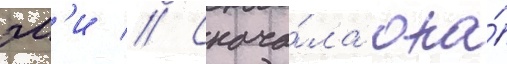
эм'и // Снача́ла она́